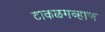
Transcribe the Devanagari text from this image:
टाकळगव्हाण